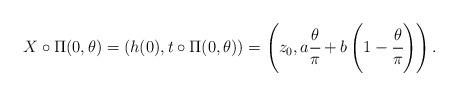
LaTeX: \begin{align*}X\circ \Pi (0, \theta)=\left(h(0), t\circ \Pi (0, \theta)\right) = \left(z_0, a\cfrac{\theta}{\pi}+b\left(1-\cfrac{\theta}{\pi}\right) \right).\end{align*}